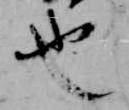
也